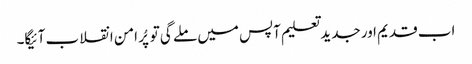
اب قدیم اور جدید تعلیم آپس میں ملے گی تو پُر امن انقلاب آئیگا۔